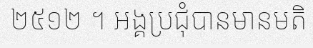
២៥១២ ។ អង្គប្រជុំបានមានមតិ